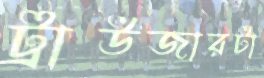
ট্রাউজারটা